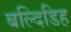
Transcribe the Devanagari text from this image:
बल्दिडिह